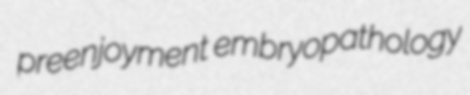
preenjoyment embryopathology